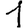
Digit: 1